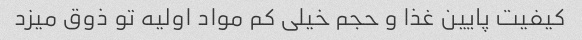
کیفیت پایین غذا و حجم خیلی کم مواد اولیه تو ذوق میزد